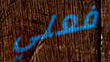
فعلي